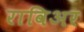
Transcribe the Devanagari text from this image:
राविअर